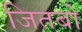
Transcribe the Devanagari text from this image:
जितबो